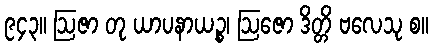
၉၄၃။ ဩဇာ တု ယာပနာယဉ္စ၊ ဩဇော ဒိတ္တိ ဗလေသု စ။